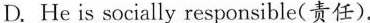
D.He is socially responsible(责任).